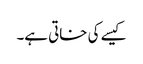
کیسے کی خاتی ہے۔